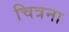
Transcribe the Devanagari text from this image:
चित्रना